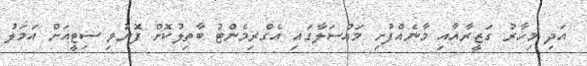
އަދި މިހާރު ގަޒީރާއާއި މާނެއްފުށި މައްސަލާގައި އެގްރިމެންޓު ބާތިލުކޮށް ފޮނުވި ސިޓީއަށް އަމަލު